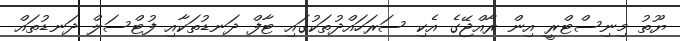
ޔޫތު މިނިސްޓްރީ އިން ރާއްޖޭގެ އެކި ސަރަހައްދުތަކުގައި ޓާފް ދަނޑުތަކާއި ފުޓްސަލް ދަނޑުތައް